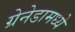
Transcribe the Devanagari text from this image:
ग्रेनेडामध्ये